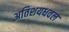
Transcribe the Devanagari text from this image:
अतिशयधवल